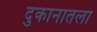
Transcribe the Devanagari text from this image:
दुकानातला